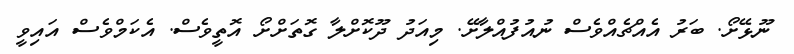
ނޫޅޭށޯ. ބަރު އެއްޗެއްވެސް ނުއުފުއްލާށޭ. މިއަދު ދޫކޮށްލާ ގޮތަށްށޯ އޮތީވެސް. އެކަމްވެސް އައިވީ